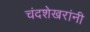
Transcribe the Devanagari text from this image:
चंदशेखरांनी